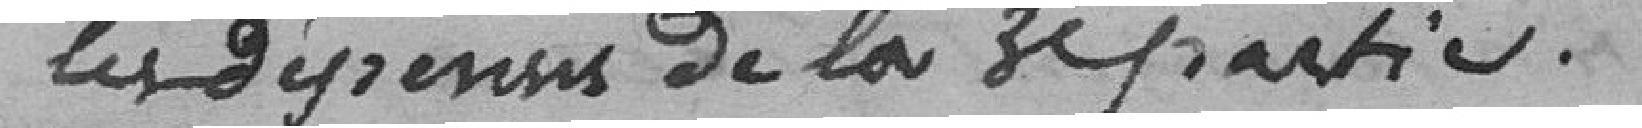
les dépenses de la troisième partie